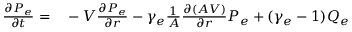
\begin{array} { r l } { \frac { \partial P _ { e } } { \partial t } = } & { { } - V \frac { \partial P _ { e } } { \partial r } - \gamma _ { e } \frac { 1 } { A } \frac { \partial \left( A V \right) } { \partial r } P _ { e } + ( \gamma _ { e } - 1 ) Q _ { e } } \end{array}